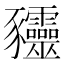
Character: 𰶰